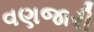
વણજારી